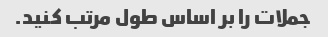
جملات را بر اساس طول مرتب کنید.